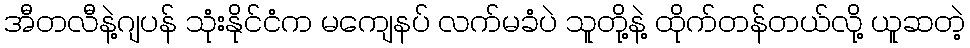
အီတလီနဲ့ဂျပန် သုံးနိုင်ငံက မကျေနပ် လက်မခံပဲ သူတို့နဲ့ ထိုက်တန်တယ်လို့ ယူဆတဲ့